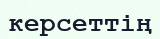
керсеттің